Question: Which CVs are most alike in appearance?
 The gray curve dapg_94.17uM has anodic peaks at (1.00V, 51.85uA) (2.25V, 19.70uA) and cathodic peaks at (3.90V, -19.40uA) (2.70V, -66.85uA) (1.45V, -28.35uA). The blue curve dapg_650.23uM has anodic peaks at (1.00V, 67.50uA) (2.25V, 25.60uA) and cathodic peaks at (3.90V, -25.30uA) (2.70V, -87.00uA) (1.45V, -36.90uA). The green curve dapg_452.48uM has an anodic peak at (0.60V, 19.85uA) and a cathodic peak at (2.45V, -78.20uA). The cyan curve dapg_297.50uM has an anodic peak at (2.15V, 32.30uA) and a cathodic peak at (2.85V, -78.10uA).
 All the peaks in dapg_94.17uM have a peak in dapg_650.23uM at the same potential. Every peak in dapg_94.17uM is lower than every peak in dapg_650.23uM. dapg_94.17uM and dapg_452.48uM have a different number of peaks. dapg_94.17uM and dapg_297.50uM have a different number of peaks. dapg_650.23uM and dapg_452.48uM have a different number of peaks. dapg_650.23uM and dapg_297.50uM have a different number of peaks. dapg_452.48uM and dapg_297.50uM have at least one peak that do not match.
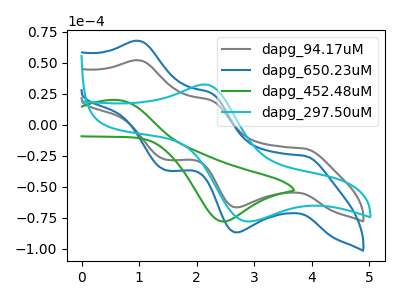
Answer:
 <answer>"dapg_94.17uM" and "dapg_650.23uM" have the same shape and are likely CV's of the same chemical.</answer>
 <eval>"dapg_94.17uM" "dapg_650.23uM"</eval>